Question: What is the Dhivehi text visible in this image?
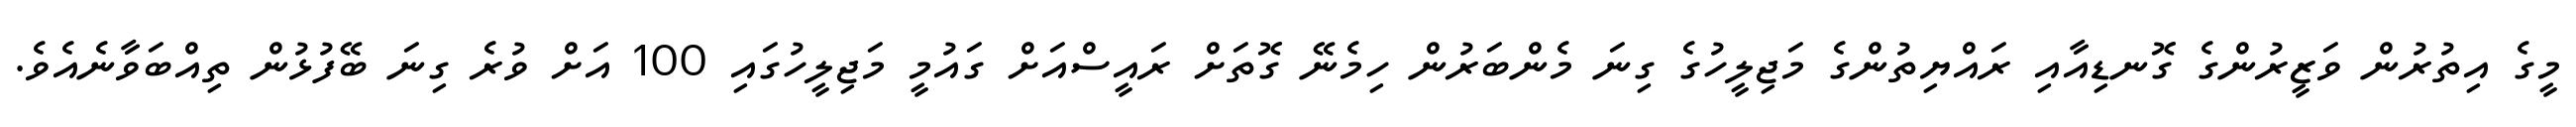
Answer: މީގެ އިތުރުން ވަޒީރުންގެ ގޮނޑިއާއި ރައްޔިތުންގެ މަޖިލީހުގެ ގިނަ މެންބަރުން ހިމެނޭ ގޮތަށް ރައީސްއަށް ގައުމީ މަޖިލީހުގައި 100 އަށް ވުރެ ގިނަ ބޭފުޅުން ތިއްބަވާނެއެވެ.